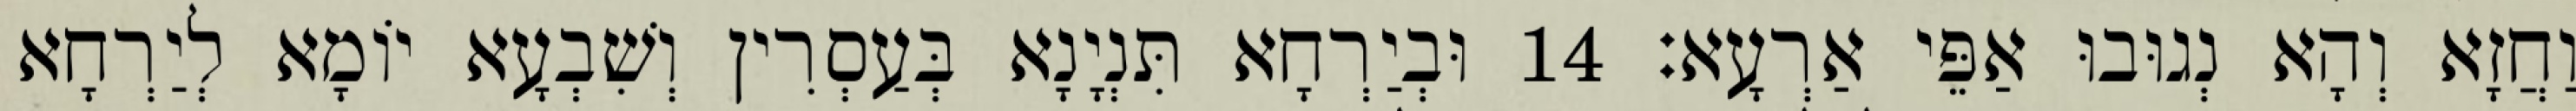
וַחֲזָא וְהָא נְגוּבוּ אַפֵּי אַרְעָא׃ 14 וּבְיַרְחָא תִּנְיָנָא בְּעַסְרִין וְשִׁבְעָא יוֹמָא לְיַרְחָא